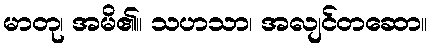
မာတု၊ အမိ၏။ သဟသာ၊ အလျင်တဆော။